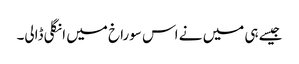
جیسے ہی میں نے اس سوراخ میں انگلی ڈالی۔